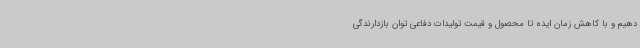
دهیم و با کاهش زمان ایده تا محصول و قیمت تولیدات دفاعی توان بازدارندگی